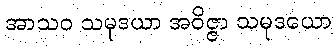
အာသဝ သမုဒယာ အဝိဇ္ဇာ သမုဒယော